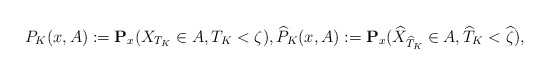
\begin{align*}P_K(x,A):=\mathbf{P}_x(X_{T_K}\in A, T_K<\zeta),\widehat{P}_K(x,A):=\mathbf{P}_x(\widehat{X}_{\widehat{T}_K}\in A, \widehat{T}_K<\widehat{\zeta}),\end{align*}